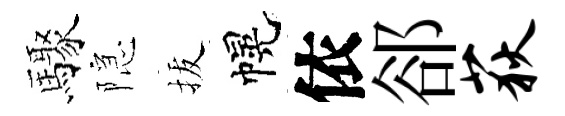
驟隠拔幌依郤荻